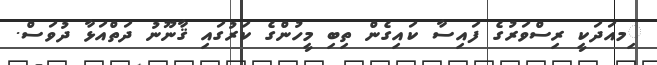
ިމއަދަކީ ރިސްވަރުގެ ފައިސާ ކައިގެން ތިބި މީހުންގެ ކަރުގައި ޤާނޫނު ދަތްއަޅާ ދުވަސް.